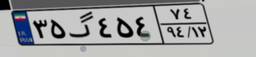
۳۵گ۴۵۴۷۴